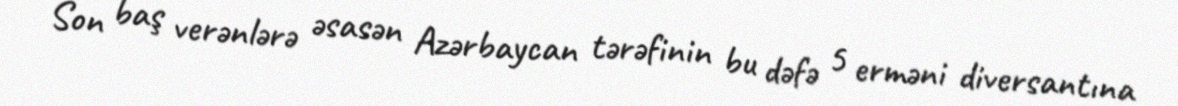
Son baş verənlərə əsasən Azərbaycan tərəfinin bu dəfə 5 erməni diversantına